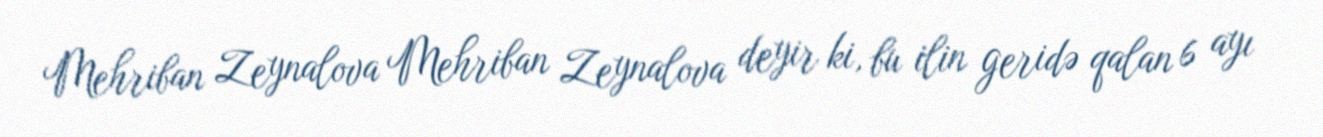
Mehriban Zeynalova Mehriban Zeynalova deyir ki, bu ilin geridə qalan 6 ayı